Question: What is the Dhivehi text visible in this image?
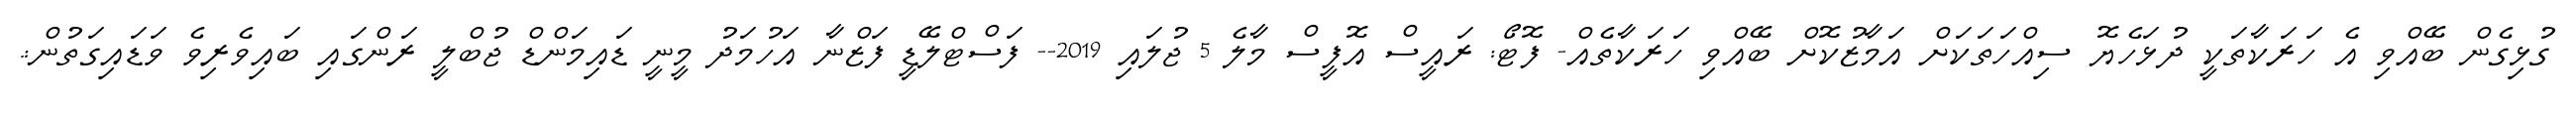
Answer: ގުޅިގެން ބޭއްވި އެ ހަރަކާތަކީ ދުޅަހެޔޮ ސިއްހަތަކަށް އަމާޒުކޮށް ބޭއްވި ހަރަކާތެއް- ފޮޓޯ: ރައީސް އޮފީސް މާލެ 5 ޖުލައި 2019-- ފަސްޓްލޭޑީ ފަޒްނާ އަހުމަދު މީނީ ޑައިމަންޑް ޖުބްލީ ރަންގައި ބައިވެރިވެ ވަޑައިގަތުން:.